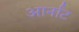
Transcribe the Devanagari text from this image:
आर्नाट